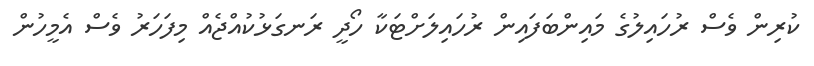
ކުރިން ވެސް ރުހައިލުގެ މައިންބަފައިން ރުހައިލަށްޓަކާ ހޯދީ ރަނގަޅުކުއްޖެއް މިފަހަރު ވެސް އެމީހުން